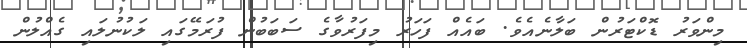
މިންވަރު ޑޮކްޓަރުން ބަލާނެއެވެ. ބައެއް ފަހަރު މިފަރުވާގެ ސަބަބުން ފުރަމޭގައި ލަކުނުލައި ގެއްލުން